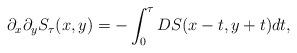
LaTeX: \begin{align*}\partial_x\partial_yS_\tau(x,y) = -\int_{0}^\tau DS(x-t, y+t) dt,\end{align*}